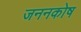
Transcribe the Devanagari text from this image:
जननकोष